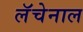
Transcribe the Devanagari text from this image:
लॅचेनाल